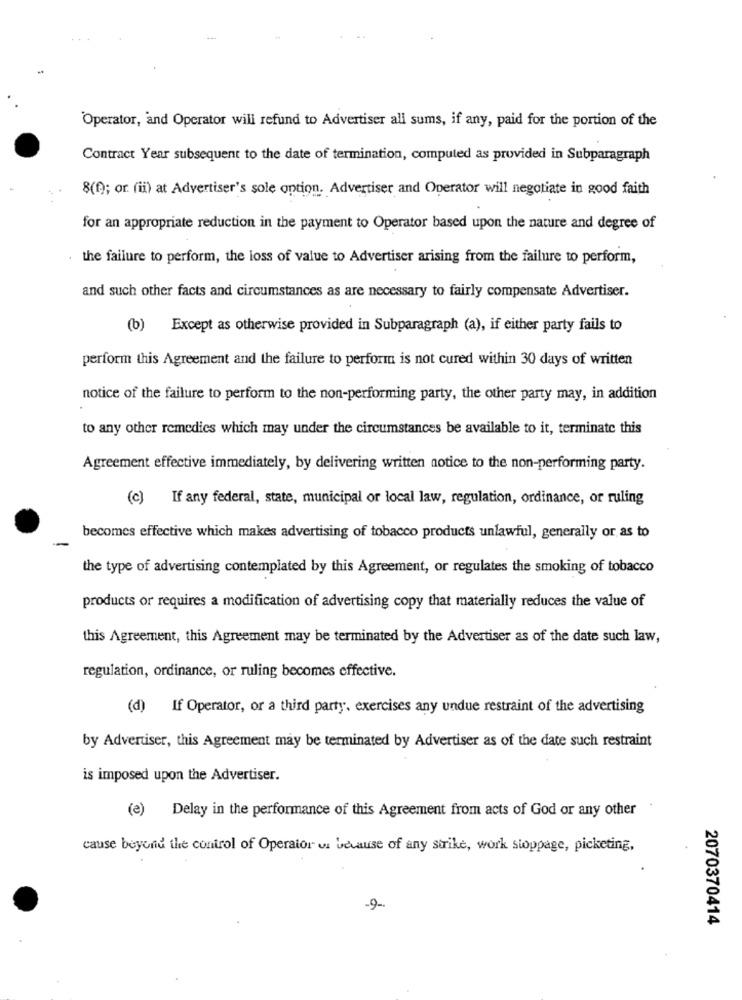
"Operator, and Operator will refund to Advertiser all sums, if any, paid for the portion of the
Contract Year subsequent to the date of termination, computed as provided in Subparagraph
8(f); or (ii) at Advertiser's sole option. Advertiser and Operator will negotiate in good faith
for an appropriate reduction in the payment to Operator based upon the nature and degree of
the failure to perform, the loss of value to Advertiser arising from the failure to perform,
and such other facts and circumstances as are necessary to fairly compensate Advertiser.
(b) Except as otherwise provided in Subparagraph (a), if either party fails to
perform this Agreement and the failure to perform is not cured within 30 days of written
notice of the failure to perform to the non-performing party, the other party may, in addition
to any other remedies which may under the circumstances be available to it, terminate this
Agreement effective immediately, by delivering written notice to the non-performing party.
(c) If any federal, state, municipal or local law, regulation, ordinance, or ruling
becomes effective which makes advertising of tobacco products unlawful, generally or as to
the type of advertising contemplated by this Agreement, or regulates the smoking of tobacco
products or requires a modification of advertising copy that materially reduces the value of
this Agreement, this Agreement may be terminated by the Advertiser as of the date such law,
regulation, ordinance, or ruling becomes effective.
(d) If Operator, or a third party, exercises any undue restraint of the advertising
by Advertiser, this Agreement may be terminated by Advertiser as of the date such restraint
is imposed upon the Advertiser.
(2) Delay in the performance of this Agreement from acts of God or any other
cause beyond the control of Operator us because of any strike, work stoppage, picketing,
-9-
2070370414